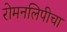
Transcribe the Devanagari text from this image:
रोमनलिपीचा